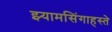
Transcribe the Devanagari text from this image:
झ्यामसिंगाहस्ते